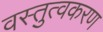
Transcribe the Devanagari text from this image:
वस्तुत्वकरण